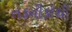
તકનીકોથી